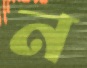
ন